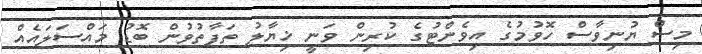
މިސް ޔުނިވާސް ހޮވުމުގެ އިވެންޓުގެ ކުރިން ވަނީ ޚިޔާލު ތަފާތުވުން ބޮޑު މައްސަލައެއް